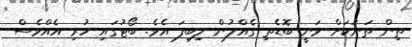
ތިން ތަނަކަށް ވަނީ ބޮޑެތި ގެއްލުން ލިބިފަ އެވެ. ބޯޯޓުގައި ހުރި އެއްވެސް